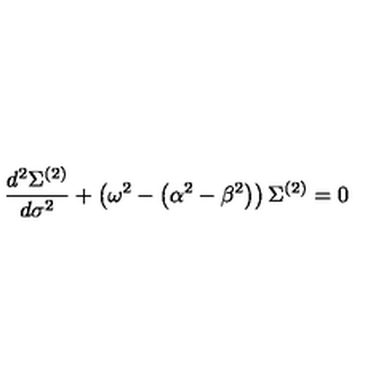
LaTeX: \frac { d ^ { 2 } \Sigma ^ { ( 2 ) } } { d \sigma ^ { 2 } } + \left( \omega ^ { 2 } - \left( { \alpha ^ { 2 } - \beta ^ { 2 } } \right) \right) \Sigma ^ { ( 2 ) } = 0